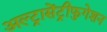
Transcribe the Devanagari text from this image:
अल्ट्रासेंट्रीफुगेशन